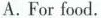
A. For food.